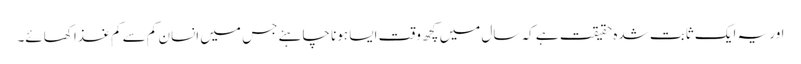
اور یہ ایک ثابت شدہ حقیقت ہے کہ سال میں کچھ وقت ایسا ہونا چاہئے جس میں انسان کم سے کم غذا کھائے۔